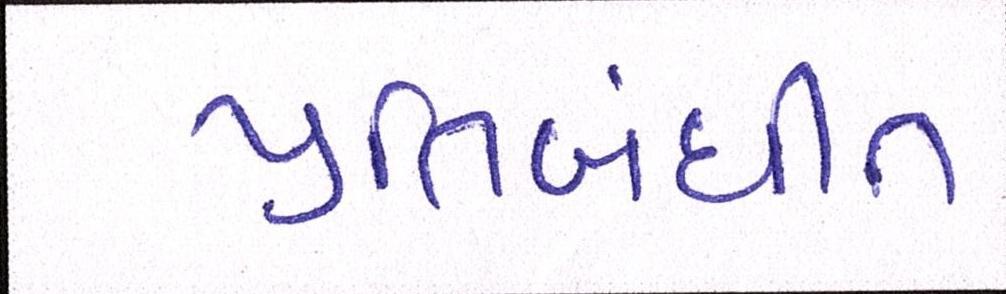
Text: પ્રતિબંધીત